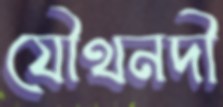
যৌথনদী